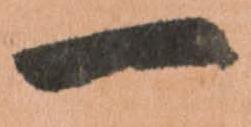
一